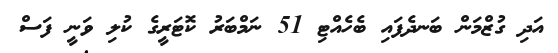
އަދި ގުޒްމަން ބަނދެފައި ބެހެއްޓި 51 ނަމްބަރު ކޮޓަރީގެ ކުލި ވަނީ ފަސް